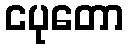
ငပုတော